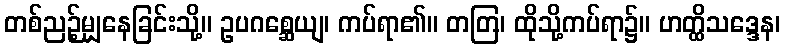
တစ်ညဉ့်မျှနေခြင်းသို့။ ဥပဂစ္ဆေယျ၊ ကပ်ရာ၏။ တတြ၊ ထိုသို့ကပ်ရာ၌။ ဟတ္ထိသဒ္ဒေန၊